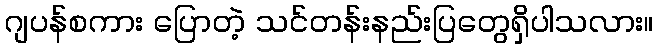
ဂျပန်စကား ပြောတဲ့ သင်တန်းနည်းပြတွေရှိပါသလား။